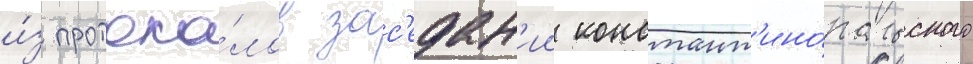
и́з протоко́лов зас'едан'ии констант'ино́польского